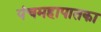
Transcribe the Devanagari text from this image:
पंचमहापातका